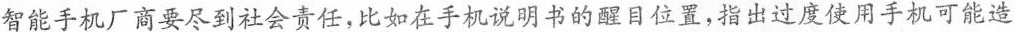
智能手机厂商要尽到社会责任，比如在手机说明书的醒目位置，指出过度使用手机可能造